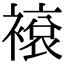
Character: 䙛